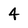
Character: 4